system: You are a helpful assistant.
user:
Analyze the provided spectrum to determine if it is a **"Cataclysmic Variables (CV)"**.

- **Key Indicators for CV (Check for either state):**
    - **State 1: Quiescent / Low-State (Emission-Dominated)**
        - **(Primary):** Strong and *very broad* Hydrogen Balmer emission lines (e.g., $H\alpha$ at 6563 Å, $H\beta$ at 4861 Å). The 'broadness' (high velocity dispersion, often FWHM > 1000 km/s) is the key diagnostic, indicating a high-velocity accretion disk.
        - **(Secondary):** Broad neutral Helium (He I) emission lines (e.g., 5876 Å, 6678 Å).
        - **(Key Confirmation):** Presence of high-excitation *ionized* Helium (He II) emission at 4686 Å. This is a strong indicator of accretion onto a white dwarf.
        - **(Line Profile):** Emission lines may exhibit a 'double-peaked' profile, which is a classic signature of a rotating accretion disk viewed at high inclination.

    - **State 2: Outburst / High-State (Absorption-Dominated)**
        - **(Primary):** Spectrum is dominated by a bright, blue continuum (looks like a hot star).
        - **(Secondary):** The emission lines from State 1 are weak, absent, or 'filled in', and are replaced by broad, shallow *absorption* lines (primarily Balmer and He I).
        - **(Morphology):** The overall spectrum mimics a hot B/A-type star. The crucial difference is that the absorption lines are significantly broader, shallower, and more 'washed-out' (or 'smeared') than the sharp lines of a normal stellar photosphere, due to high rotational speeds and pressure broadening in the disk.

Think first, call **spectral_visualization_tool** if needed to examine features in detail, then provide your final answer. Your response must adhere to the following strict rules:
1.  **Overall Structure:** Your response must follow the format `<think>...</think> <tool_call>...</tool_call> (if a tool is used) <answer>...</answer>`.
2.  **Tool Usage Constraint:** You may only make **one** tool call per turn.
3.  **Final Answer Format:** In the `<answer>` tag, your conclusion must be inside a `\boxed{}` command (e.g., `\boxed{YES}`), followed by your justification.

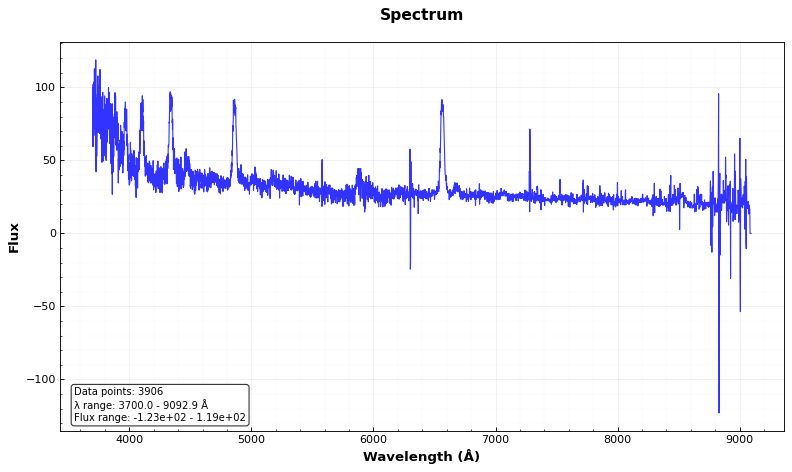
Answer: YES